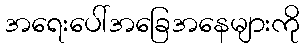
အရေးပေါ်အခြေအနေများကို